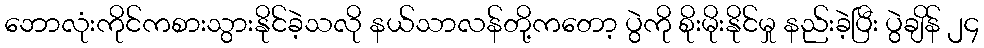
ဘောလုံးကိုင်ကစားသွားနိုင်ခဲ့သလို နယ်သာလန်တို့ကတော့ ပွဲကို စိုးမိုးနိုင်မှု နည်းခဲ့ပြီး ပွဲချိန် ၂၄